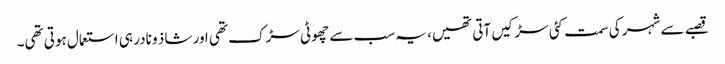
قصبے سے شہر کی سمت کئی سڑکیں آتی تھیں، یہ سب سے چھوٹی سڑک تھی اور شاذ و نادر ہی استعمال ہوتی تھی۔